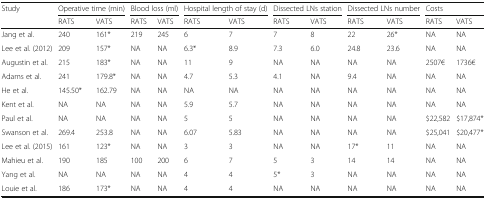
<table><thead><tr><td rowspan="2"><b>Study</b></td><td colspan="2"><b>Operative time (min)</b></td><td colspan="2"><b>Blood loss (ml)</b></td><td colspan="2"><b>Hospital length of stay (d)</b></td><td colspan="2"><b>Dissected LNs station</b></td><td colspan="2"><b>Dissected LNs number</b></td><td colspan="2"><b>Costs</b></td></tr><tr><td><b>RATS</b></td><td><b>VATS</b></td><td><b>RATS</b></td><td><b>VATS</b></td><td><b>RATS</b></td><td><b>VATS</b></td><td><b>RATS</b></td><td><b>VATS</b></td><td><b>RATS</b></td><td><b>VATS</b></td><td><b>RATS</b></td><td><b>VATS</b></td></tr></thead><tbody><tr><td>Jang et al.</td><td>240</td><td>161*</td><td>219</td><td>245</td><td>6</td><td>7</td><td>7</td><td>8</td><td>22</td><td>26*</td><td>NA</td><td>NA</td></tr><tr><td>Lee et al. (2012)</td><td>209</td><td>157*</td><td>NA</td><td>NA</td><td>6.3*</td><td>8.9</td><td>7.3</td><td>6.0</td><td>24.8</td><td>23.6</td><td>NA</td><td>NA</td></tr><tr><td>Augustin et al.</td><td>215</td><td>183*</td><td>NA</td><td>NA</td><td>11</td><td>9</td><td>NA</td><td>NA</td><td>NA</td><td>NA</td><td>2507€</td><td>1736€</td></tr><tr><td>Adams et al.</td><td>241</td><td>179.8*</td><td>NA</td><td>NA</td><td>4.7</td><td>5.3</td><td>4.1</td><td>NA</td><td>9.4</td><td>NA</td><td>NA</td><td>NA</td></tr><tr><td>He et al.</td><td>145.50*</td><td>162.79</td><td>NA</td><td>NA</td><td>NA</td><td>NA</td><td>NA</td><td>NA</td><td>NA</td><td>NA</td><td>NA</td><td>NA</td></tr><tr><td>Kent et al.</td><td>NA</td><td>NA</td><td>NA</td><td>NA</td><td>5.9</td><td>5.7</td><td>NA</td><td>NA</td><td>NA</td><td>NA</td><td>NA</td><td>NA</td></tr><tr><td>Paul et al.</td><td>NA</td><td>NA</td><td>NA</td><td>NA</td><td>5</td><td>5</td><td>NA</td><td>NA</td><td>NA</td><td>NA</td><td>$22,582</td><td>$17,874*</td></tr><tr><td>Swanson et al.</td><td>269.4</td><td>253.8</td><td>NA</td><td>NA</td><td>6.07</td><td>5.83</td><td>NA</td><td>NA</td><td>NA</td><td>NA</td><td>$25,041</td><td>$20,477*</td></tr><tr><td>Lee et al. (2015)</td><td>161</td><td>123*</td><td>NA</td><td>NA</td><td>3</td><td>3</td><td>NA</td><td>NA</td><td>17*</td><td>11</td><td>NA</td><td>NA</td></tr><tr><td>Mahieu et al.</td><td>190</td><td>185</td><td>100</td><td>200</td><td>6</td><td>7</td><td>5</td><td>3</td><td>14</td><td>14</td><td>NA</td><td>NA</td></tr><tr><td>Yang et al.</td><td>NA</td><td>NA</td><td>NA</td><td>NA</td><td>4</td><td>4</td><td>5*</td><td>3</td><td>NA</td><td>NA</td><td>NA</td><td>NA</td></tr><tr><td>Louie et al.</td><td>186</td><td>173*</td><td>NA</td><td>NA</td><td>4</td><td>4</td><td>NA</td><td>NA</td><td>NA</td><td>NA</td><td>NA</td><td>NA</td></tr></tbody></table>